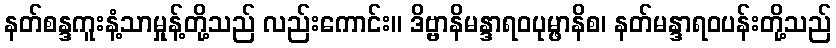
နတ်စန္ဒကူးနံ့သာမှုန့်တို့သည် လည်းကောင်း။ ဒိဗ္ဗာနိမန္ဒာရဝပုမ္ဖာနိစ၊ နတ်မန္ဒာရဝပန်းတို့သည်